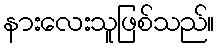
နားလေးသူဖြစ်သည်။